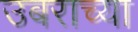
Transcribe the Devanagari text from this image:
उबराच्या